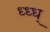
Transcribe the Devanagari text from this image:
ध्ध्ध्